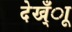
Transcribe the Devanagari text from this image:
देख्ँाू